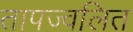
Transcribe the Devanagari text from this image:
तापज्वलित